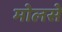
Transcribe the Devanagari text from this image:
मोलसे